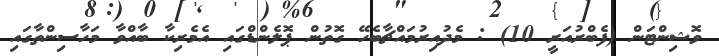
ވޮޝިންޓަން (ފެބްރުއަރީ 10) : މެދުއިރުމައްޗާބެހޭ ގޮތުން ޕޮލެންޑްގައި އެމެރިކާ ބާއްވާ މަހާސިންތާގައި